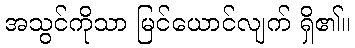
အသွင်ကိုသာ မြင်ယောင်လျက် ရှိ၏။